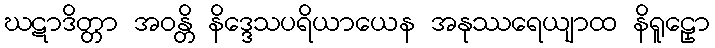
ဃဋာဒိတ္တာ အဝန္တိ နိဒ္ဒေသပရိယာယေန အနုဿရေယျာထ နိရူဠှော